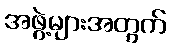
အဖွဲ့များအတွက်